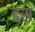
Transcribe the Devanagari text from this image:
ङस